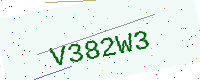
Text: V382W3